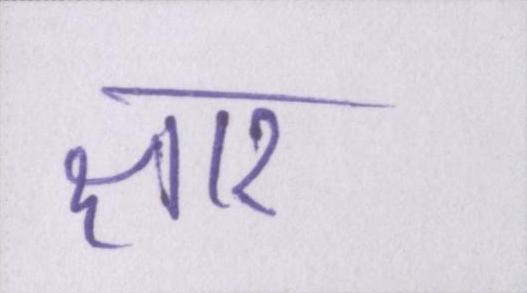
क्षार